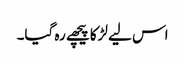
اس لیے لڑکا پیچھے رہ گیا۔